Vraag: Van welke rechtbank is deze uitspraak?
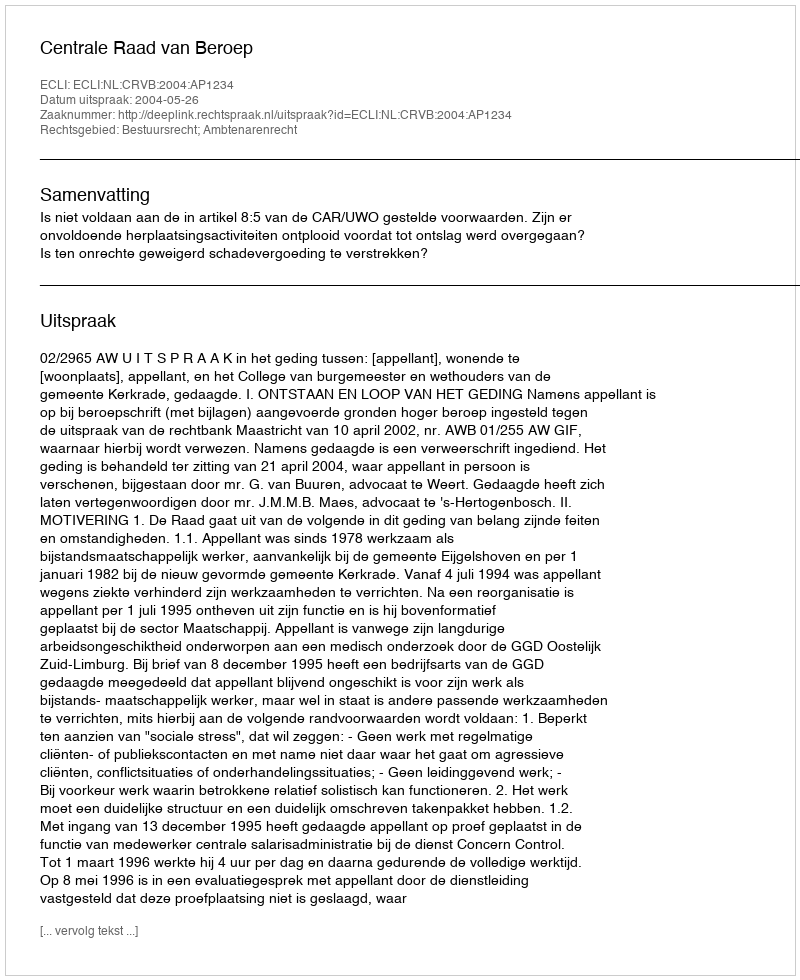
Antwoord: Centrale Raad van Beroep